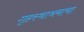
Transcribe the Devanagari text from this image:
गृहस्थाश्रमाचा